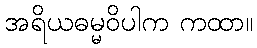
အရိယဓမ္မဝိပါက ကထာ။